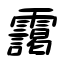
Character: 靄